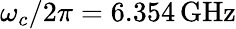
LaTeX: \omega_{c}/2\pi=6.354\, \textrm{GHz}